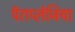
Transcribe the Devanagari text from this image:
पॅराप्लेजिया